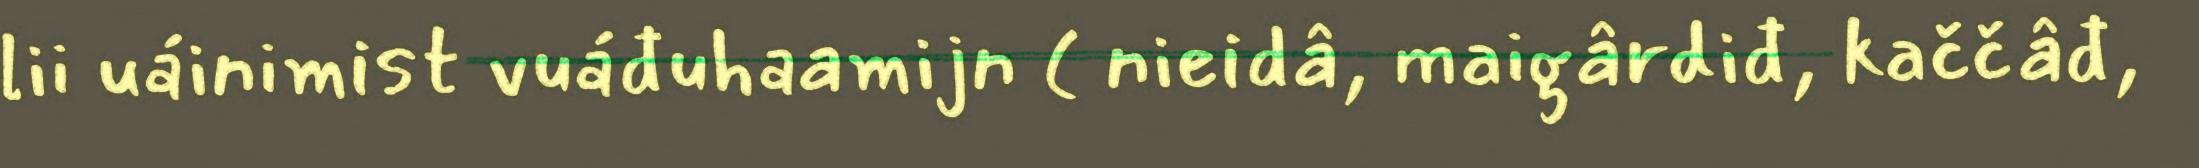
lii uáinimist vuáđuhaamijn ( nieidâ, maigârdiđ, kaččâđ,